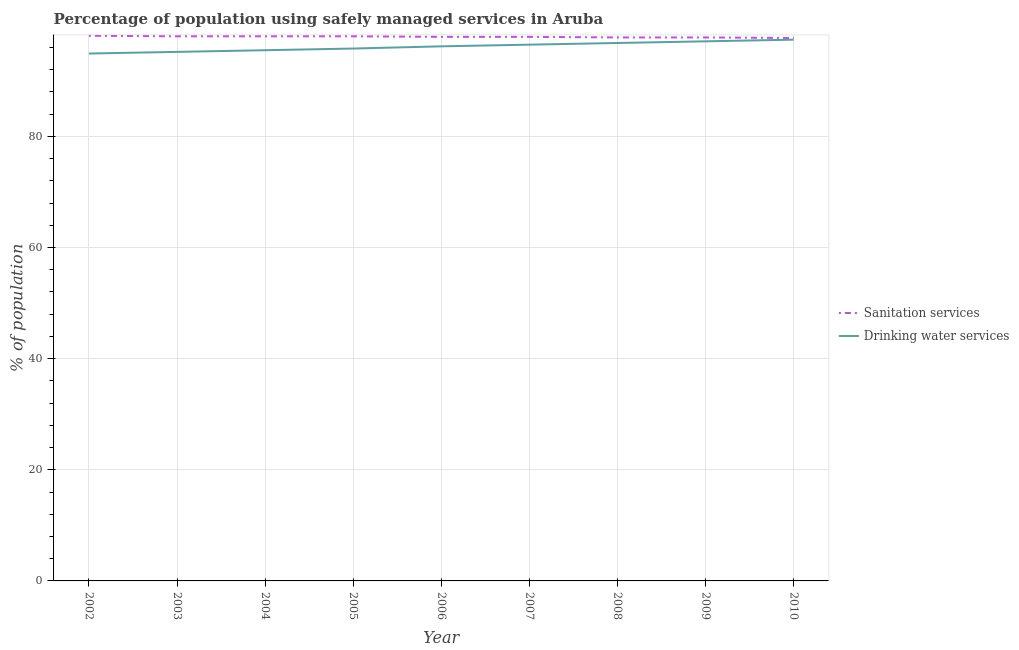
| Year | Sanitation services | Drinking water services |
 | --- | --- | --- |
 | 2002 | 98.1 | 94.9 |
 | 2003 | 98 | 95.2 |
 | 2004 | 98 | 95.5 |
 | 2005 | 98 | 95.8 |
 | 2006 | 97.9 | 96.2 |
 | 2007 | 97.9 | 96.5 |
 | 2008 | 97.8 | 96.8 |
 | 2009 | 97.8 | 97.1 |
 | 2010 | 97.7 | 97.4 |